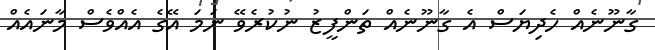
ގާނޫނެއް ހެދިޔަސް އެ ގާނޫނެއް ތަންފީޒު ނުކުރެވޭ ނަމަ އޭގެ އެއްވެސް މާނައެއް